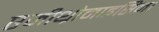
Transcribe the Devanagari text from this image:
एजीथ्रोमाइसिन।